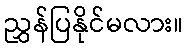
ညွှန်ပြနိုင်မလား။